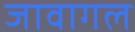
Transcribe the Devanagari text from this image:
जावागल